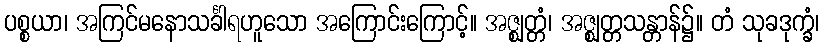
ပစ္စယာ၊ အကြင်မနောသင်္ခါရဟူသော အကြောင်းကြောင့်။ အဇ္ဈတ္တံ၊ အဇ္ဈတ္တသန္တာန်၌။ တံ သုခဒုက္ခံ၊